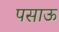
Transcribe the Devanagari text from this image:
पसाऊ